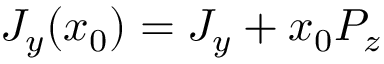
J _ { y } ( x _ { 0 } ) = J _ { y } + x _ { 0 } P _ { z }